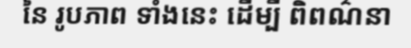
នៃ រូបភាព ទាំងនេះ ដើម្បី ពិពណ៌នា